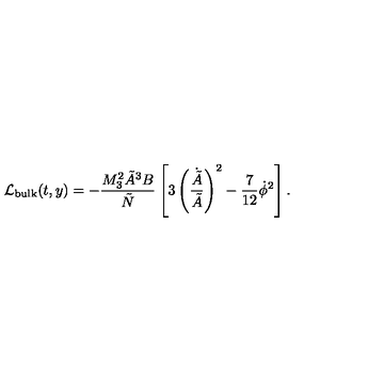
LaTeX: { \cal L } _ { \mathrm { b u l k } } ( t , y ) = - { \frac { M _ { 3 } ^ { 2 } \tilde { A } ^ { 3 } B } { \tilde { N } } } \left[ 3 \left( { \frac { \dot { \tilde { A } } } { \tilde { A } } } \right) ^ { 2 } - { \frac { 7 } { 1 2 } } \dot { \phi } ^ { 2 } \right] .